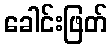
ခေါင်းဖြတ်